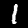
Digit: 1